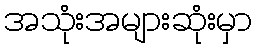
အသုံးအများဆုံးမှာ